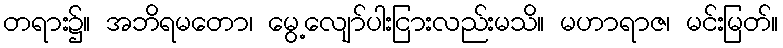
တရား၌။ အဘိရမတော၊ မွေ့လျော်ပါးငြားလည်းမသိ။ မဟာရာဇ၊ မင်းမြတ်။